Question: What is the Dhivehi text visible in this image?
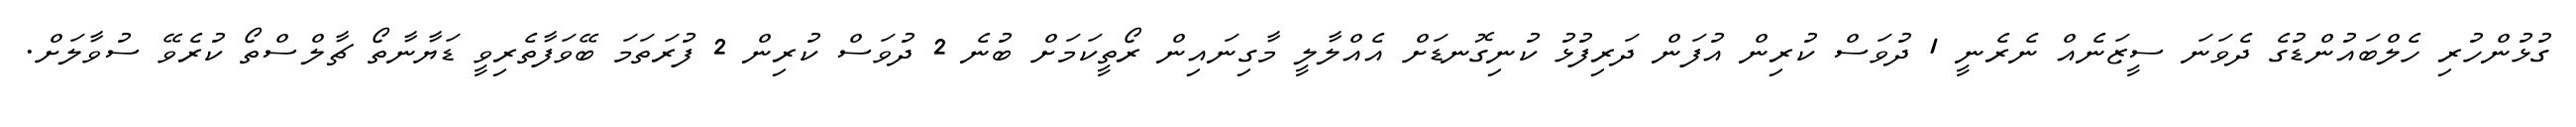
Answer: ގުޅުންހުރި ހެލްބައުންޑުގެ ދެވަނަ ސީޒަނެއް ނެރެނީ 1 ދުވަސް ކުރިން އުފަން ދަރިފުޅު ކުނިގޮނޑަށް އެއްލާލީ މާގިނައިން ރޯތީކަމަށް ބުނެ 2 ދުވަސް ކުރިން 2 ފުރަތަމަ ބޭވަފާތެރިވީ ޑަޔާނާތޯ ޗާލްސްތޯ ކުރެވޭ ސުވާލަށް.